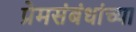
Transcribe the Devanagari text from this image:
प्रेमसंबंधांच्या